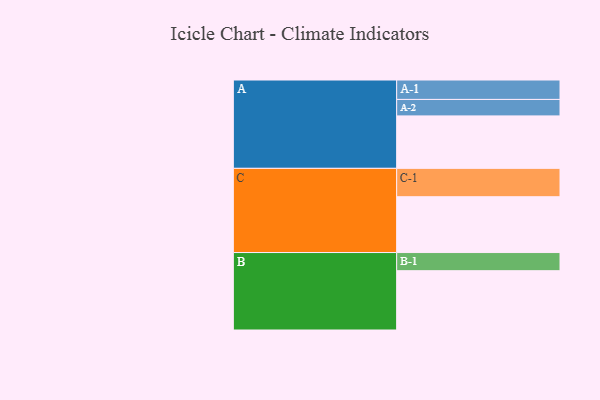
{"axis": {"x": "Segment", "y": "Value"}, "legend": ["", "A", "B", "C"], "data": [{"x": "A", "y": 529, "type": ""}, {"x": "B", "y": 598, "type": ""}, {"x": "C", "y": 563, "type": ""}, {"x": "A-1", "y": 196, "type": "A"}, {"x": "A-2", "y": 166, "type": "A"}, {"x": "B-1", "y": 183, "type": "B"}, {"x": "C-1", "y": 286, "type": "C"}]}